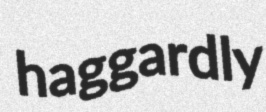
haggardly